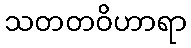
သတတဝိဟာရာ